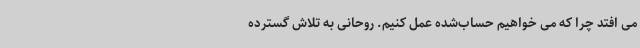
می افتد چرا که می خواهیم حساب‌شده عمل کنیم. روحانی به تلاش گسترده